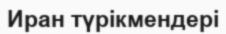
Иран түрікмендері